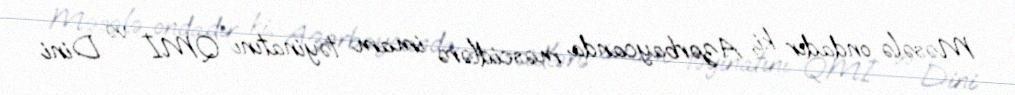
Məsələ ondadır ki, Azərbaycanda məscidlərə imam təyinatını QMİ və Dini